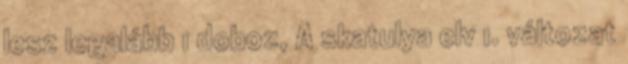
lesz legalább 1 doboz, A skatulya elv 1. változat